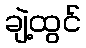
ချဲ့ထွင်